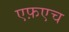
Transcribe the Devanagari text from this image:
एफ़एच